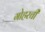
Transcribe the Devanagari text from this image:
गोहरची